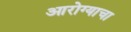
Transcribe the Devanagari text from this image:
आरोग्याचा